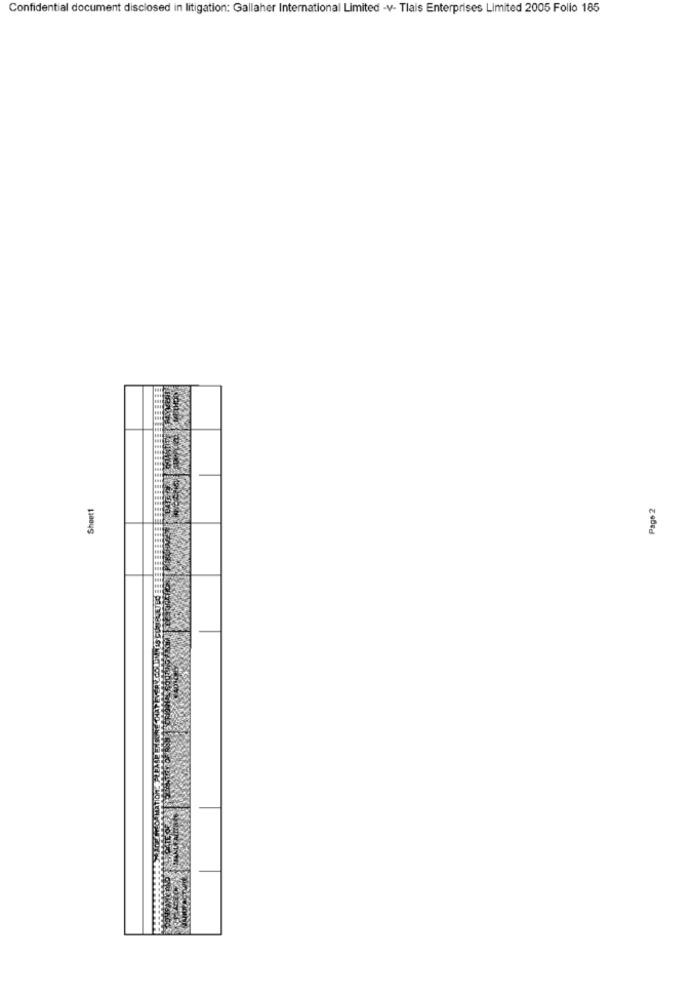
Confidential document disclosed in litigation: Gallaher International Limited -v- Tlais Enterprises Limited 2005 Folio 185
Sheet1
Page 2